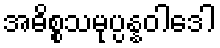
အဓိစ္စသမုပ္ပန္နဝါဒေါ